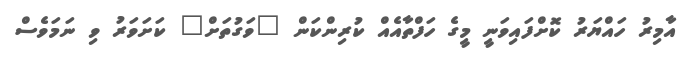
އާމިރު ހައްޔަރު ކޮށްފައިވަނީ މީގެ ހަފްތާއެއް ކުރިންކަން "ވަގުތަށް" ކަށަވަރު ވި ނަމަވެސް